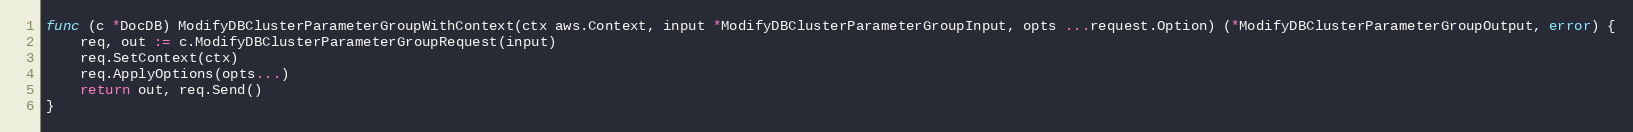
Language: Go
func (c *DocDB) ModifyDBClusterParameterGroupWithContext(ctx aws.Context, input *ModifyDBClusterParameterGroupInput, opts ...request.Option) (*ModifyDBClusterParameterGroupOutput, error) {
	req, out := c.ModifyDBClusterParameterGroupRequest(input)
	req.SetContext(ctx)
	req.ApplyOptions(opts...)
	return out, req.Send()
}